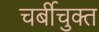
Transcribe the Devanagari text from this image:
चर्बीचुक्त